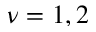
\nu = 1 , 2